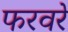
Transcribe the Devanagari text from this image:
फरवरे